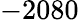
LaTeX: -2080